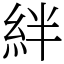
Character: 絆